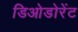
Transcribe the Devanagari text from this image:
डिओडोरेंट